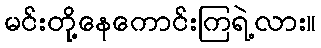
မင်းတို့နေကောင်းကြရဲ့လား။